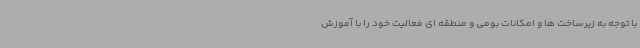
با توجه به زیرساخت ها و امکانات بومی و منطقه ای فعالیت خود را با آموزش